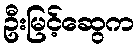
ဦးမြင့်ဆွေက